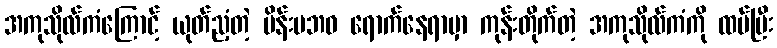
အကုသိုလ်ကံကြောင့် ယုတ်ညံ့တဲ့ မိန်းမဘဝ ရောက်နေရာမှာ ကုန်းတိုက်တဲ့ အကုသိုလ်ကံကို ထပ်ပြီး